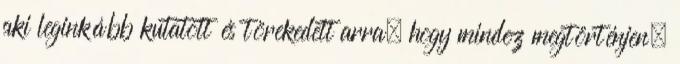
aki leginkább kutatott és törekedett arra, hogy mindez megtörténjen,